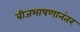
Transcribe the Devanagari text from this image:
बीजभाषणानंतर